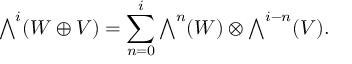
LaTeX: { \textstyle \bigwedge ^ { i } } ( W \oplus V ) = \sum _ { n = 0 } ^ { i } { \textstyle \bigwedge ^ { n } ( W ) \otimes \bigwedge ^ { i - n } } ( V ) .